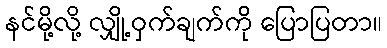
နင်မို့လို့ လျှို့ဝှက်ချက်ကို ပြောပြတာ။